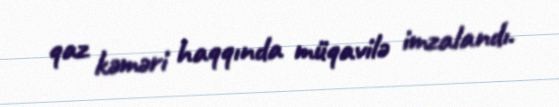
qaz kəməri haqqında müqavilə imzalandı.